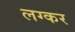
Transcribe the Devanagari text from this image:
लग्कर